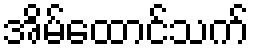
အိမ်ထောင်သက်